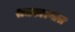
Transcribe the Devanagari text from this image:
राजकारणारा